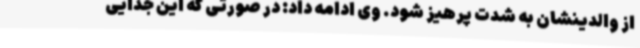
از والدینشان به شدت پرهیز شود. وی ادامه داد: در صورتی که این جدایی